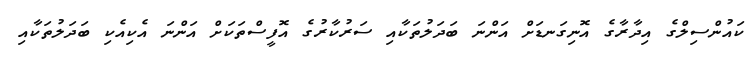
ކައުންސިލްގެ އިދާރާގެ އޮނިގަނޑަށް އަންނަ ބަދަލުތަކާއި ސަރުކާރުގެ އޮފީސްތަކަށް އަންނަ އެކިއެކި ބަދަލުތަކާއި